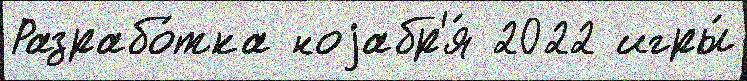
Разрабо́тка ноjабр'я́ 2022 игры́